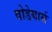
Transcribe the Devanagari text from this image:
वोडेयार्स